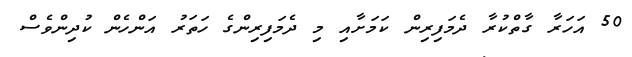
50 އަހަރާ ގާތްކުރާ ދެމަފިރިން ކަމަށާއި މި ދެމަފިރިންގެ ހަތަރު އަންހެން ކުދިންވެސް